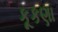
કૂકણા